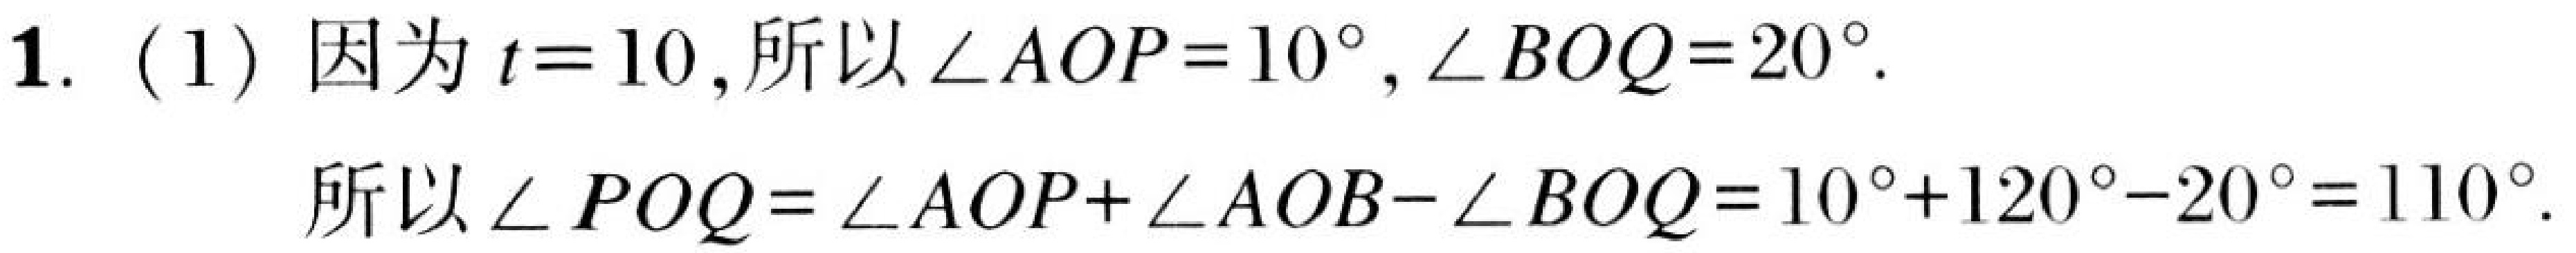
1. (1) 因为$t = 10$,所以$\angle AOP = 10^{\circ},\angle BOQ = 20^{\circ}$.
所以$\angle POQ=\angle AOP+\angle AOB - \angle BOQ=10^{\circ}+120^{\circ}-20^{\circ}=110^{\circ}$.